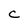
Character: C